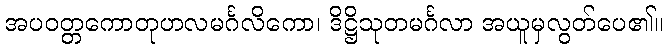
အပဝတ္တကောတုဟလမင်္ဂလိကော၊ ဒိဋ္ဌိသုတမင်္ဂလာ အယူမှလွတ်ပေ၏။